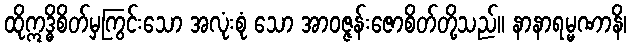
ထိုဣဒ္ဓိစိတ်မှကြွင်းသော အလုံးစုံ သော အာဝဇ္ဇန်းဇောစိတ်တို့သည်။ နာနာရမ္မဏာနိ၊